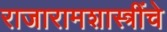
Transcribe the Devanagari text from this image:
राजारामशास्त्रींचे